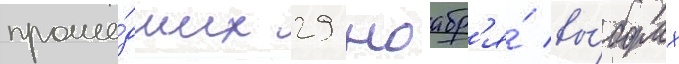
проше́дших 29 ноабр'я́ вы́борах